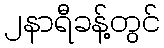
၂နာရီခန့်တွင်